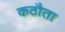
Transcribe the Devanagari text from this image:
कठौता